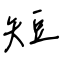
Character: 短